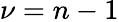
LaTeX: \nu=n-1